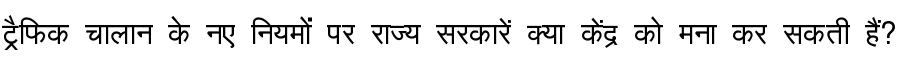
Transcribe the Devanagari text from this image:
ट्रैफिक चालान के नए नियमों पर राज्य सरकारें क्या केंद्र को मना कर सकती हैं?